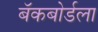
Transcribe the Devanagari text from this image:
बॅकबोर्डला